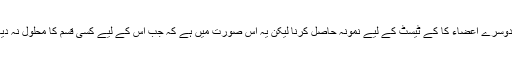
جگر یا دوسرے اعضاء کا کے ٹیسٹ کے لیے نمونہ حاصل کرنا لیکن یہ اس صورت میں ہے کہ جب اس کے لیے کسی قسم کا محلول نہ دیا گيا ہو ۔